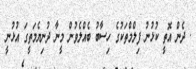
. ދެން އޮތީ ކުޅުނު ފިލްމްތަކުގެ ހިސާބު ބެއްލެވުން މީނާ ދުނިޔެމަތީގަ އުޅުނީ